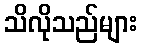
သိလိုသည်များ